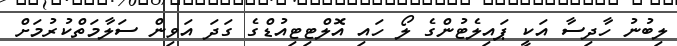
ލިބުނު ހާދިސާ އަކީ ޕައިލެޓުންގެ ލޯ ހައި އޮލްޓިޓިއުޑްގެ ގަދަ އަވިން ސަލާމަތްކުރުމަށް